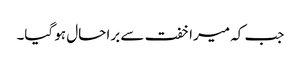
جب کہ میرا خفت سے برا حال ہو گیا۔